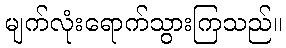
မျက်လုံးရောက်သွားကြသည်။